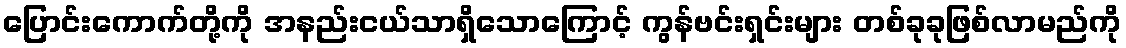
ပြောင်းကောက်တို့ကို အနည်းငယ်သာရှိသောကြောင့် ကွန်ဗင်းရှင်းများ တစ်ခုခုဖြစ်လာမည်ကို